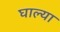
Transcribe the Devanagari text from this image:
घाल्या